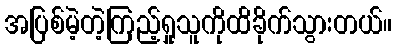
အပြစ်မဲ့တဲ့ကြည့်ရှုသူကိုထိခိုက်သွားတယ်။